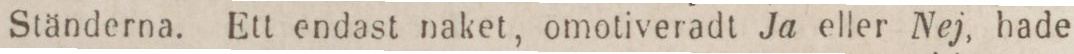
Ständerna. Ett endast naket, omotiveradt Ja eller Nej, hade